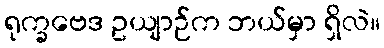
ရုက္ခဗေဒ ဥယျာဉ်က ဘယ်မှာ ရှိလဲ။